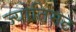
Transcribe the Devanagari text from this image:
ज्योतिमठ